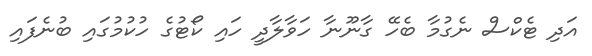
އަދި ޓެކްސް ނެގުމާ ބެހޭ ގާނޫނާ ހަވާލާދީ ހައި ކޯޓުގެ ހުކުމުގައި ބުނެފައި